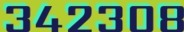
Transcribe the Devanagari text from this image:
३४२३०८